Vaccination North-Western Provinces 1866-1877 - 1866-1877
Year: 1866
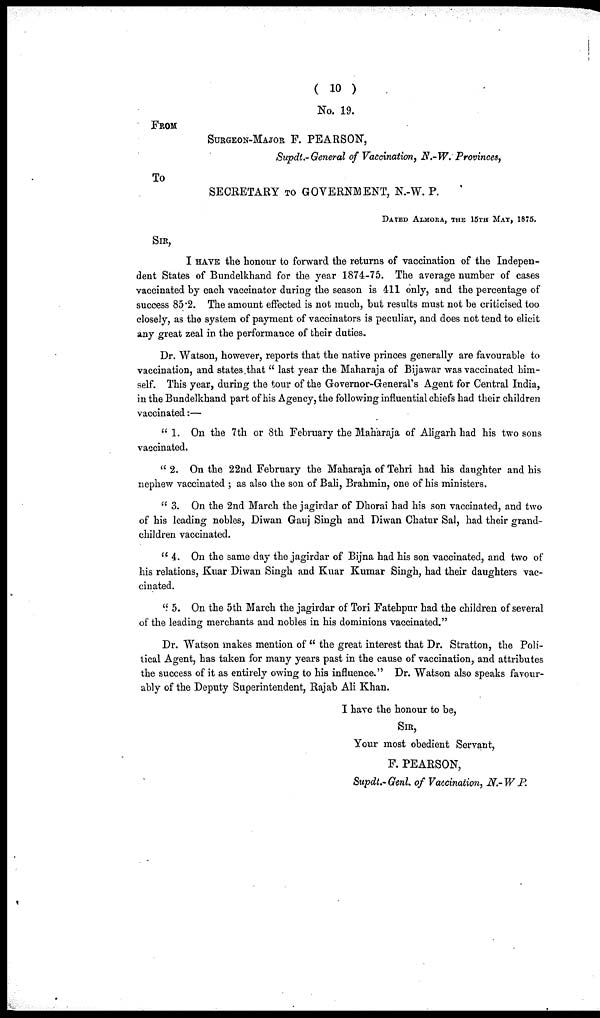
( 10 )
No. 19.
FROM
SURGEON-MAJOR F. PEARSON,
Supdt.-General of Vaccination, N.-W. Provinces,
TO
SECRETARY TO GOVERNMENT, N.-W. P.
DATED ALMORA, THE 15TH MAT, 1875.
SIR,
I HAVE the honour to forward the returns of vaccination of the Indepen-
dent States of Bundelkhand for the year 1874-75. The average number of cases
vaccinated by each vaccinator during the season is 411 only, and the percentage of
success 85.2. The amount effected is not much, but results must not be criticised too
closely, as the system of payment of vaccinators is peculiar, and does not tend to elicit
any great zeal in the performance of their duties.
Dr. Watson, however, reports that the native princes generally are favourable to
vaccination, and states that " last year the Maharaja of Bijawar was vaccinated him-
self. This year, during the tour of the Governor-General's Agent for Central India,
in the Bundelkhand part of his Agency, the following influential chiefs had their children
vaccinated:—
"1. On the 7th or 8th February the Maharaja of Aligarh had his two sons
vaccinated.
" 2. On the 22nd February the Maharaja of Tehri had his daughter and his
nephew vaccinated ; as also the son of Bali, Brahmin, one of his ministers.
" 3. On the 2nd March the jagirdar of Dhorai had his son vaccinated, and two
of his leading nobles, Diwan Gauj Singh and Diwan Chatur Sal, had their grand-
children vaccinated.
" 4. On the same day the jagirdar of Bijna had his son vaccinated, and two of
his relations, Kuar Diwan Singh and Kuar Kumar Singh, had their daughters vac-
cinated.
" 5. On the 5th March the jagirdar of Tori Fatehpur had the children of several
of the leading merchants and nobles in his dominions vaccinated."
Dr. Watson makes mention of " the great interest that Dr. Stratton, the Poli-
tical Agent, has taken for many years past in the cause of vaccination, and attributes
the success of it as entirely owing to his influence." Dr. Watson also speaks favour-
ably of the Deputy Superintendent, Rajab Ali Khan.
I have the honour to be,
SIR,
Your most obedient Servant,
F. PEARSON,
Supdt.- Genl. of Vaccination, N.- W P.